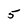
Character: 5